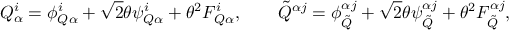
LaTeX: Q _ { \alpha } ^ { i } = \phi _ { Q \alpha } ^ { i } + \sqrt { 2 } \theta \psi _ { Q \alpha } ^ { i } + \theta ^ { 2 } F _ { Q \alpha } ^ { i } , \qquad { \tilde { Q } } ^ { \alpha j } = \phi _ { \tilde { Q } } ^ { \alpha j } + \sqrt { 2 } \theta \psi _ { \tilde { Q } } ^ { \alpha j } + \theta ^ { 2 } F _ { \tilde { Q } } ^ { \alpha j } ,